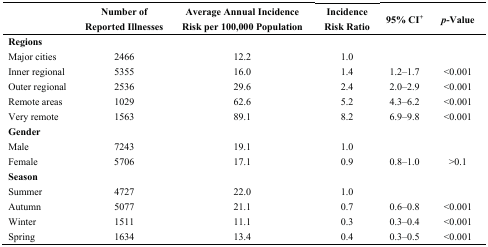
|  | Number of Reported Illnesses | Average Annual Incidence Risk per 100,000 Population | Incidence Risk Ratio | 95% CI+ | p-Value |
 | --- | --- | --- | --- | --- | --- |
 | <COLSPAN=6> Regions |
 | Major cities | 2466 | 12.2 | 1.0 |  |  |
 | Inner regional | 5355 | 16.0 | 1.4 | 1.2–1.7 | <0.001 |
 | Outer regional | 2536 | 29.6 | 2.4 | 2.0–2.9 | <0.001 |
 | Remote areas | 1029 | 62.6 | 5.2 | 4.3–6.2 | <0.001 |
 | Very remote | 1563 | 89.1 | 8.2 | 6.9–9.8 | <0.001 |
 | <COLSPAN=6> Gender |
 | Male | 7243 | 19.1 | 1.0 |  |  |
 | Female | 5706 | 17.1 | 0.9 | 0.8–1.0 | >0.1 |
 | <COLSPAN=6> Season |
 | Summer | 4727 | 22.0 | 1.0 |  |  |
 | Autumn | 5077 | 21.1 | 0.7 | 0.6–0.8 | <0.001 |
 | Winter | 1511 | 11.1 | 0.3 | 0.3–0.4 | <0.001 |
 | Spring | 1634 | 13.4 | 0.4 | 0.3–0.5 | <0.001 |